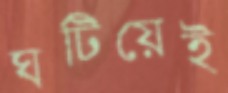
ঘটিয়েই